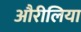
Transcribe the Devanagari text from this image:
औरीलिया